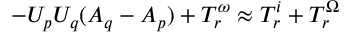
- U _ { p } U _ { q } ( A _ { q } - A _ { p } ) + T _ { r } ^ { \omega } \approx T _ { r } ^ { i } + T _ { r } ^ { \Omega }